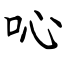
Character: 吣